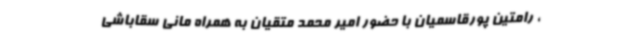
، رامتین پورقاسمیان با حضور امیر محمد متقیان به همراه مانی سقاباشی